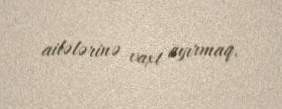
ailələrinə vaxt ayırmaq.